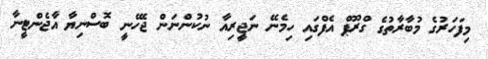
މިފަހަރުގެ މުބާރާތުގެ ގްރޫޕް އެފްގައި ހިމެނޭ ނަޖީރިއާ ނުކުންނަން ޖެހޭނީ ބޮސްނިޔާ އާޖެންޓީނާ